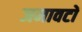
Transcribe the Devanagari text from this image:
जमावटों